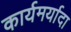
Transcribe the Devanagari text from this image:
कार्यमर्यादा